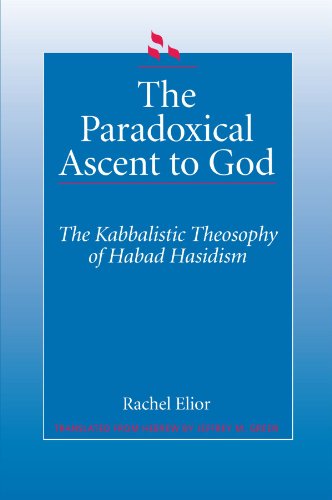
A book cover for The Paradoxical Ascent to God: The Kabbalistic Theosophy of Habad Hasidism (SUNY Series in Judaica); Rachel Elior; Religion & Spirituality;